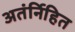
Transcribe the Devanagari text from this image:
अतंर्निहित